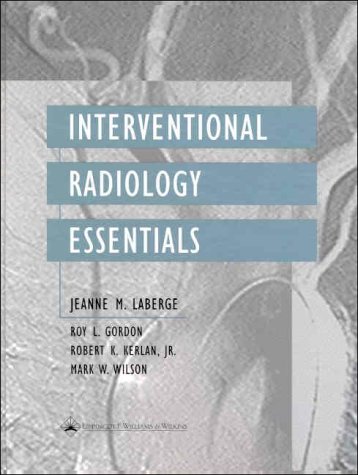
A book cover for Interventional Radiology Essentials; Roy L. Gordon; Medical Books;